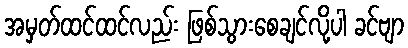
အမှတ်ထင်ထင်လည်း ဖြစ်သွားစေချင်လို့ပါ ခင်ဗျာ